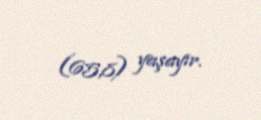
(65,8) yaşayır.